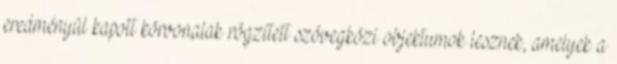
eredményül kapott körvonalak rögzített szövegközi objektumok lesznek, amelyek a